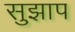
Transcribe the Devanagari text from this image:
सुझाप